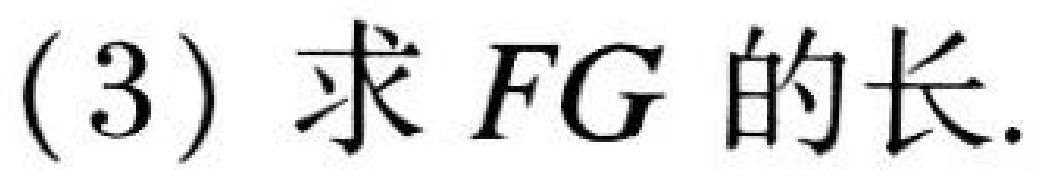
(3) 求 \(FG\) 的长.